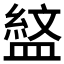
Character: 𭾎